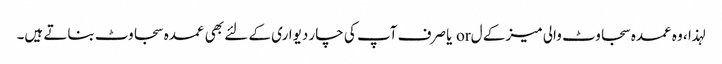
لہذا ، وہ عمدہ سجاوٹ والی میز کے ل or یا صرف آپ کی چار دیواری کے لئے بھی عمدہ سجاوٹ بناتے ہیں۔